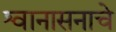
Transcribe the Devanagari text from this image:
श्वानासनाचे